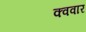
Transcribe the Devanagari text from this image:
क्ववार